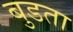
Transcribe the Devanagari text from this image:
बुडता